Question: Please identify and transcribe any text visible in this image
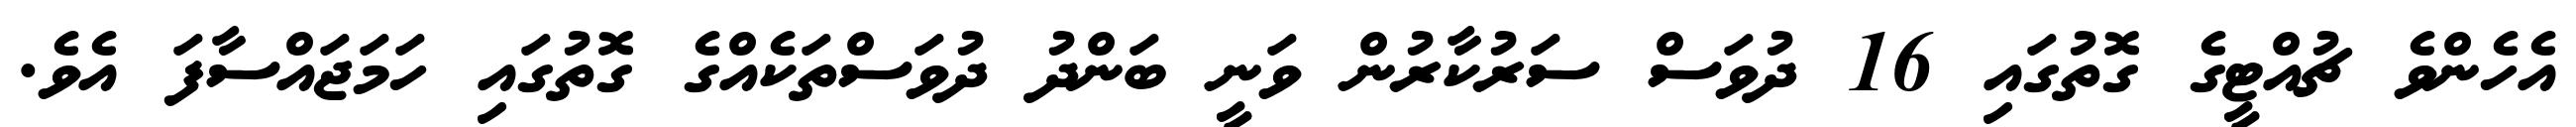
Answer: އެހެންވެ ޗުއްޓީގެ ގޮތުގައި 16 ދުވަސް ސަރުކާރުން ވަނީ ބަންދު ދުވަސްތަކެއްގެ ގޮތުގައި ހަމަޖައްސާފަ އެވެ.